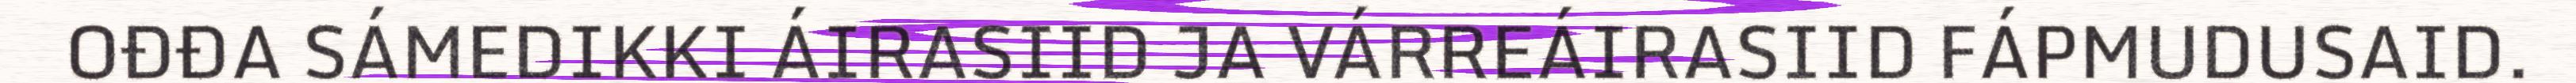
OĐĐA SÁMEDIKKI ÁIRASIID JA VÁRREÁIRASIID FÁPMUDUSAID.